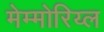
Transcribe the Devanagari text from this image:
मेम्मोरिय्ल